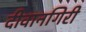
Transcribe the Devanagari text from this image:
दीवानगिरी